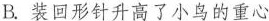
B.装回形针升高了小鸟的重心